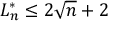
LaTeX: L _ { n } ^ { * } \leq 2 { \sqrt { n } } + 2